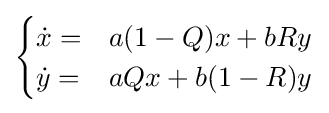
{\begin{cases}{\dot {x}}=&a(1-Q)x+bRy\\{\dot {y}}=&aQx+b(1-R)y\\\end{cases}}